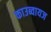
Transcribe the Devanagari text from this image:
काउब्वायज